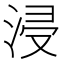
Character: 浸